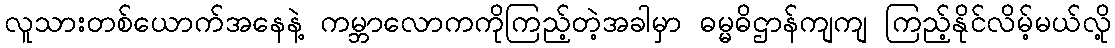
လူသားတစ်ယောက်အနေနဲ့ ကမ္ဘာလောကကိုကြည့်တဲ့အခါမှာ ဓမ္မဓိဌာန်ကျကျ ကြည့်နိုင်လိမ့်မယ်လို့